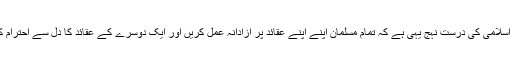
اتحاد اسلامی کی درست نہج یہی ہے کہ تمام مسلمان اپنے اپنے عقائد پر آزادانہ عمل کریں اور ایک دوسرے کے عقائد کا دل سے احترام کریں۔